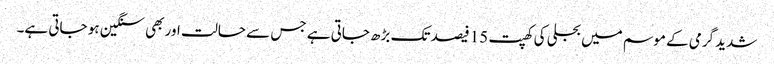
شدید گرمی کے موسم میں بجلی کی کھپت 15 فیصد تک بڑھ جاتی ہے جس سے حالت اور بھی سنگین ہو جاتی ہے۔